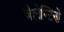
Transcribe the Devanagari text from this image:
वेलेन्टिनो